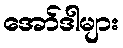
အော်ဒါများ